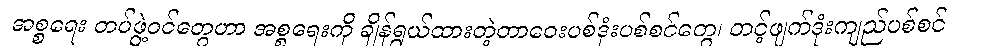
အစ္စရေး တပ်ဖွဲ့ဝင်တွေဟာ အစ္စရေးကို ချိန်ရွယ်ထားတဲ့တာဝေးပစ်ဒုံးပစ်စင်တွေ၊ တင့်ဖျက်ဒုံးကျည်ပစ်စင်